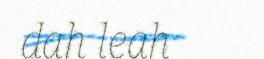
dah leah